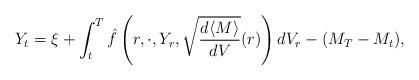
LaTeX: \begin{align*}Y_t = \xi + \int_t^T {\hat f} \left(r,\cdot,Y_r,\sqrt{\frac{d\langle M\rangle}{dV}}(r)\right)dV_r -(M_T - M_t),\end{align*}